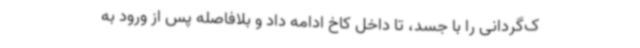
ک‌گردانی را با جسد، تا داخل کاخ ادامه داد و بلافاصله پس از ورود به